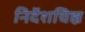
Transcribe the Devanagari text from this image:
निर्देशचिह्न